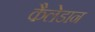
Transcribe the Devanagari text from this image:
कैलेडान